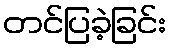
တင်ပြခဲ့ခြင်း